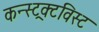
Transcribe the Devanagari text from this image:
कन्स्ट्रक्टविस्ट